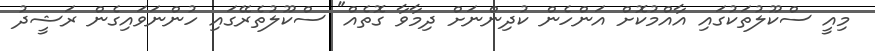
މިއީ ސްކޫލުތަކުގައި އާއްމުކޮށް އަންހެން ކުދިންނަށް ދިމާވާ ގޮތެއް" ސްކޫލުތެރޭގައި ހުންނަވައިގެން ރަޝީދު